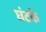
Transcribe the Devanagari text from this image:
घंटके